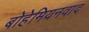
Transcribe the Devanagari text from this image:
बोहेमियनवाद